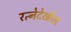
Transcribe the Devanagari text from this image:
रत्‍नेदेखील